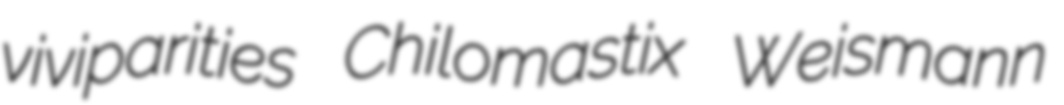
viviparities Chilomastix Weismann